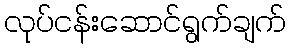
လုပ်ငန်းဆောင်ရွက်ချက်